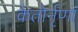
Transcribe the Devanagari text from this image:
केतोर्नृणां